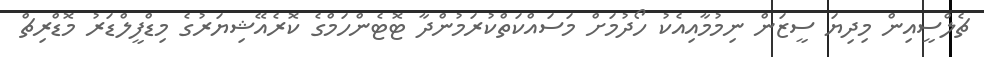
ޗެލްސީއިން މިދިޔަ ސީޒަން ނިމުމާއިއެކު ހޯދުމަށް މަސައްކަތްކުރަމުންދާ ޓޮޓެންހަމްގެ ކޮރެއޭޝިޔަރުގެ މިޑްފީލްޑަރު މޮޑްރިޗް